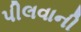
પીલવાની